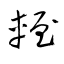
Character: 輊